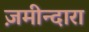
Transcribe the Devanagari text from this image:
ज़मीन्दारा